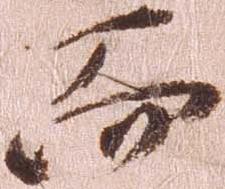
而